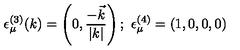
\epsilon _ { \mu } ^ { ( 3 ) } ( k ) = \left( 0 , \frac { - \vec { k } } { | k | } \right) ; \ \epsilon _ { \mu } ^ { ( 4 ) } = ( 1 , 0 , 0 , 0 )